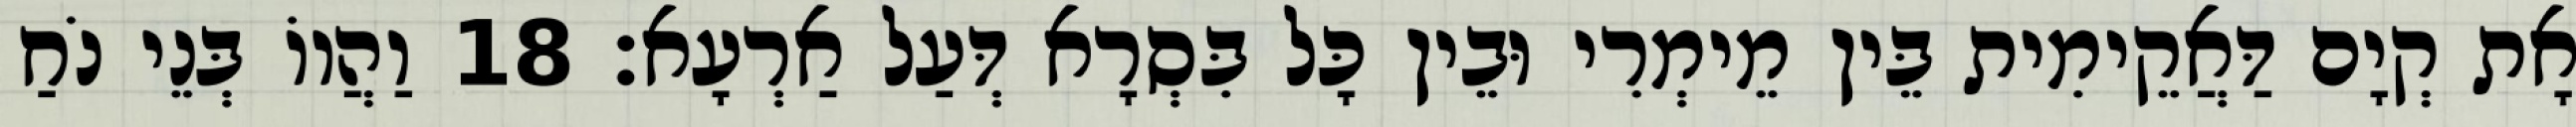
אָת קְיָם דַּאֲקֵימִית בֵּין מֵימְרִי וּבֵין כָּל בִּסְרָא דְּעַל אַרְעָא׃ 18 וַהֲווֹ בְּנֵי נֹחַ